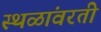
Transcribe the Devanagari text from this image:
स्थळांवरती